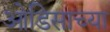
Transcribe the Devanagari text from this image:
ओडिसाच्या